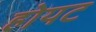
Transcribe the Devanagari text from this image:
होयट